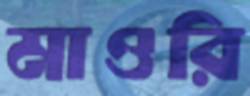
মাওরি